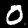
Digit: 0